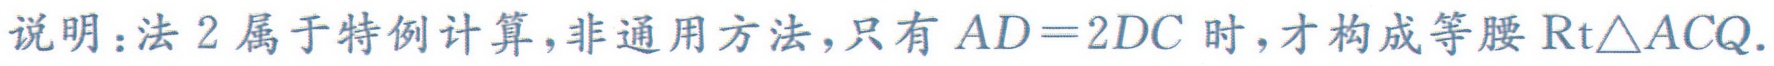
说明：法2属于特例计算,非通用方法,只有$AD = 2DC$时,才构成等腰$\text{Rt}\triangle ACQ$.